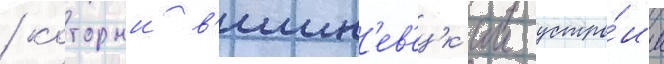
/ которыи в'ишн'ев'ецк'ии устро́ил